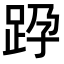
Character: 𨀊